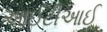
આઈટીઆઈ